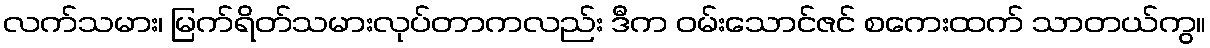
လက်သမား၊ မြက်ရိတ်သမားလုပ်တာကလည်း ဒီက ဝမ်းသောင်ဇင် စကေးထက် သာတယ်ကွ။